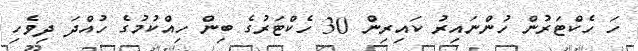
ހަ ހެކްޓަރުން ހުންނައިރު ކައިރިން 30 ހެކްޓަރުގެ ބިން ހިއްކުމުގެ ހުއްދަ ދިވެހި